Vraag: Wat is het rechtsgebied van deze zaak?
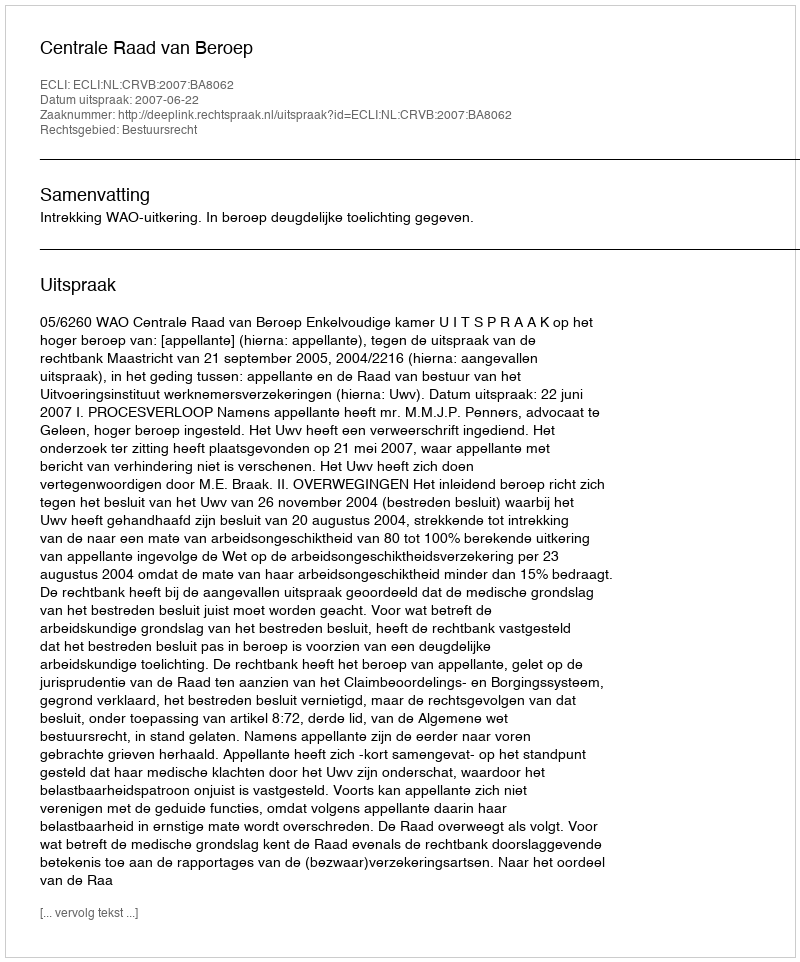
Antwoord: Bestuursrecht